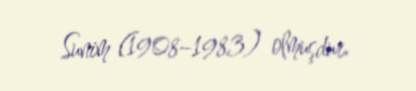
Sunim (1908–1983) olmuşdur.